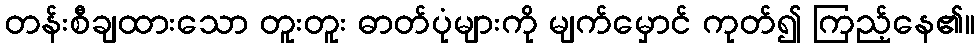
တန်းစီချထားသော တူးတူး ဓာတ်ပုံများကို မျက်မှောင် ကုတ်၍ ကြည့်နေ၏။